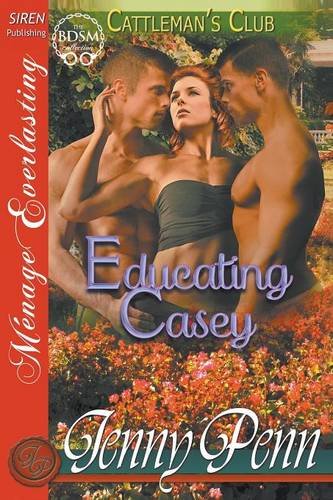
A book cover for Educating Casey [Cattleman's Club 5] (Siren Publishing Menage Everlasting); Jenny Penn; Romance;